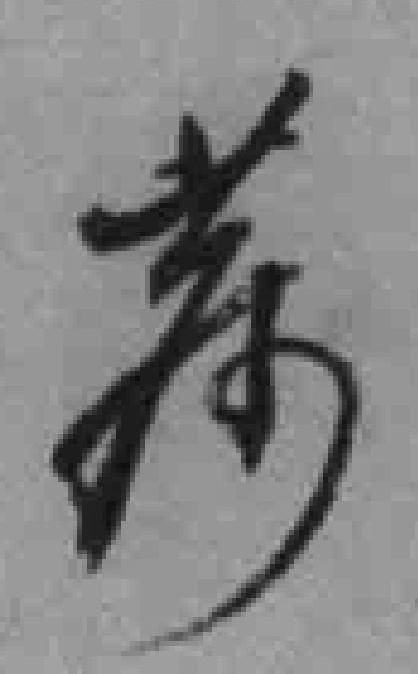
蔡